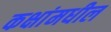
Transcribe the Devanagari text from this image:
कक्षांमधील